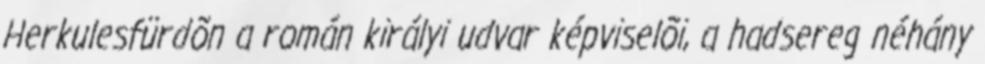
Herkulesfürdõn a román királyi udvar képviselõi, a hadsereg néhány